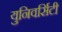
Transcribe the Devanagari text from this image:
युनिवर्सिटी